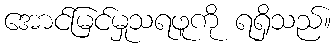
အောင်မြင်မှုသရဖူကို ရရှိသည်။